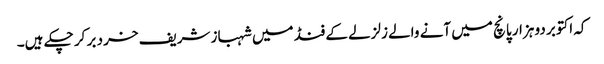
کہ اکتوبر دو ہزار پانچ میں آنے والے زلزلے کے فنڈ میں شہباز شریف خرد بر کر چکے ہیں۔